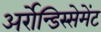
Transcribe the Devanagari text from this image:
अर्रोन्डिस्सेमेंट